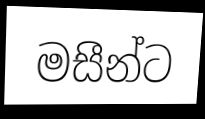
මසීන්ට